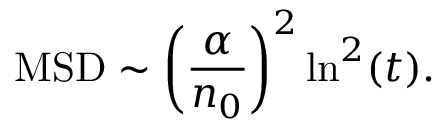
\mathrm { M S D } \sim \left( { \frac { \alpha } { n _ { 0 } } } \right) ^ { 2 } \ln ^ { 2 } ( t ) .